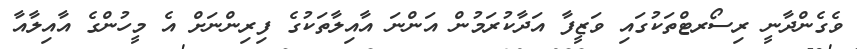
ވެގެންދާނީ ރިސޯރޓްތަކުގައި ވަޒީފާ އަދާކުރަމުން އަންނަ އާއިލާތަކުގެ ފިރިންނަށް އެ މީހުންގެ އާއިލާއާ